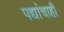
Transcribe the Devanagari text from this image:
पद्यांचाही